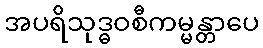
အပရိသုဒ္ဓဝစီကမ္မန္တာပေ